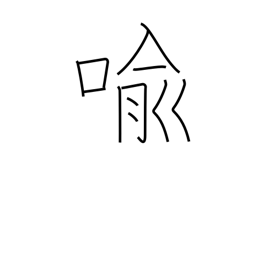
Meaning: metaphor